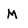
Character: M